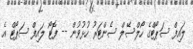
ލައިފް ސަޕޯޓްގެ ހޯލްސޭލް ސެންޓަރު ހުޅުވުން -- ފޮޓޯ ލައިފް ސަޕޯޓް އެ